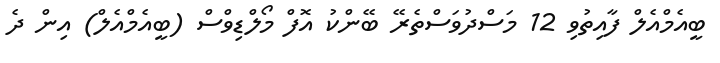
ބީއެމްއެލް ފާއިތުވި 12 މަސްދުވަސްތެރޭ ބޭންކު އޮފް މޯލްޑިވްސް (ބީއެމްއެލް) އިން ދެ